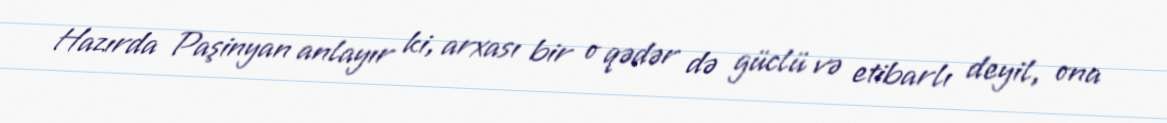
Hazırda Paşinyan anlayır ki, arxası bir o qədər də güclü və etibarlı deyil, ona